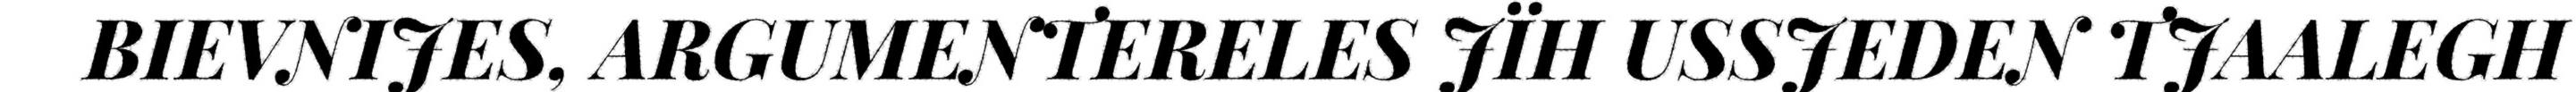
BIEVNIJES, ARGUMENTERELES JÏH USSJEDEN TJAALEGH